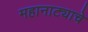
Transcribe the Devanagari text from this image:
महानाट्याचे